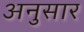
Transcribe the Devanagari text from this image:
अनुसार